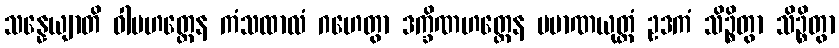
သန္နေယျာတိ ဝါမဟတ္ထေန ကံသထာလံ ဂဟေတွာ ဒက္ခိဏဟတ္ထေန ပမာဏယုတ္တံ ဥဒကံ သိဉ္စိတွာ သိဉ္စိတွာ